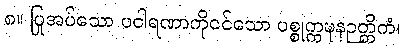
၈။ ပြုအပ်သော ပဝါရဏာကိုငင်သော ပစ္စုက္ကဍ္ဎနဉတ္တိကံ၊